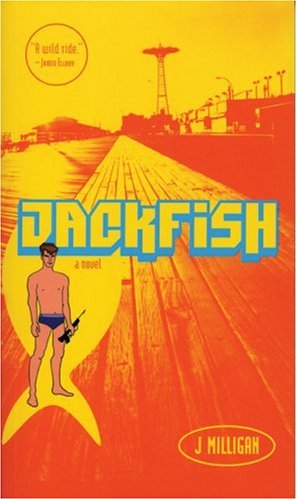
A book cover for Jack Fish; J Milligan; Humor & Entertainment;